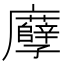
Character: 𢌎